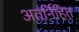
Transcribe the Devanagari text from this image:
अतर्निहित